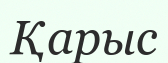
Қарыс